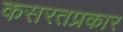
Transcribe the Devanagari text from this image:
कसरतप्रकार